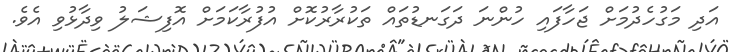
އަދި މަގުހެދުމަށް ޖަހާފައި ހުންނަ ދަގަނޑުތައް ތަކުރާރުކޮށް އުފުރާކަމަށް އޮފިޝަލު ވިދާޅުވި އެވެ.